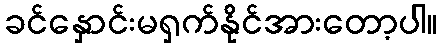
ခင်နှောင်းမရှက်နိုင်အားတော့ပါ။